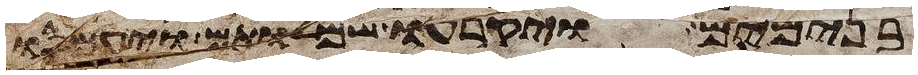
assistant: בנימים ויקרעו שמלותם ויעמסו